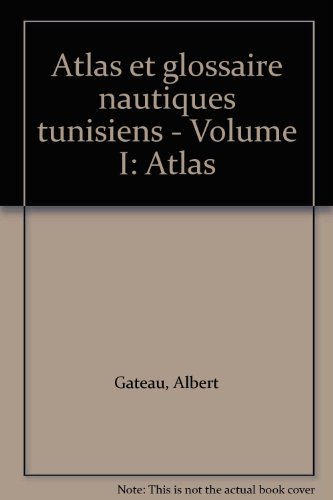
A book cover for Atlas et glossaire nautiques tunisiens - Volume I: Atlas; Albert Gateau; Travel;